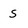
Character: s